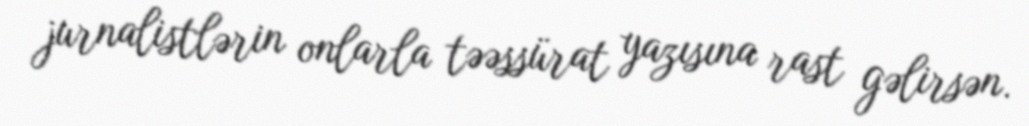
jurnalistlərin onlarla təəssürat yazısına rast gəlirsən.